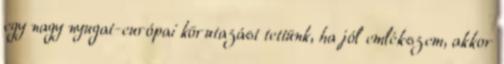
egy nagy nyugat-európai körutazást tettünk, ha jól emlékszem, akkor